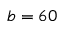
b = 6 0